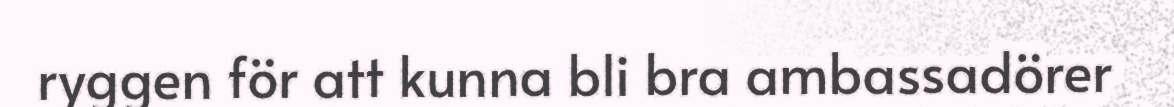
ryggen för att kunna bli bra ambassadörer